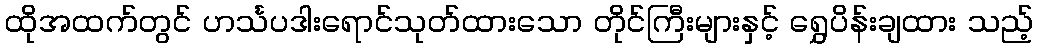
ထိုအထက်တွင် ဟင်္သပဒါးရောင်သုတ်ထားသော တိုင်ကြီးများနှင့် ရွှေပိန်းချထား သည့်